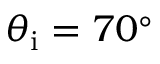
\theta _ { \mathrm { i } } = 7 0 ^ { \circ }